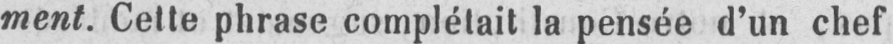
ment. Cette phrase complétait la pensée d’un chef